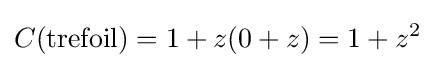
C(\mathrm {trefoil} )=1+z(0+z)=1+z^{2}